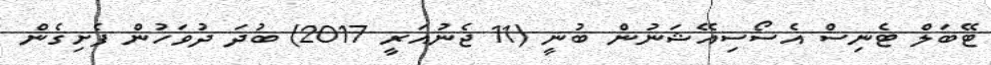
ޓޭބަލް ޓެނިސް އެސޯސިއޭޝަނުން ބުނީ (11 ޖެނުއަރީ 2017) ބުދަ ދުވަހުން ފެށިގެން